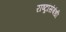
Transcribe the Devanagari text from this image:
राष्ट्रांसंबंधी